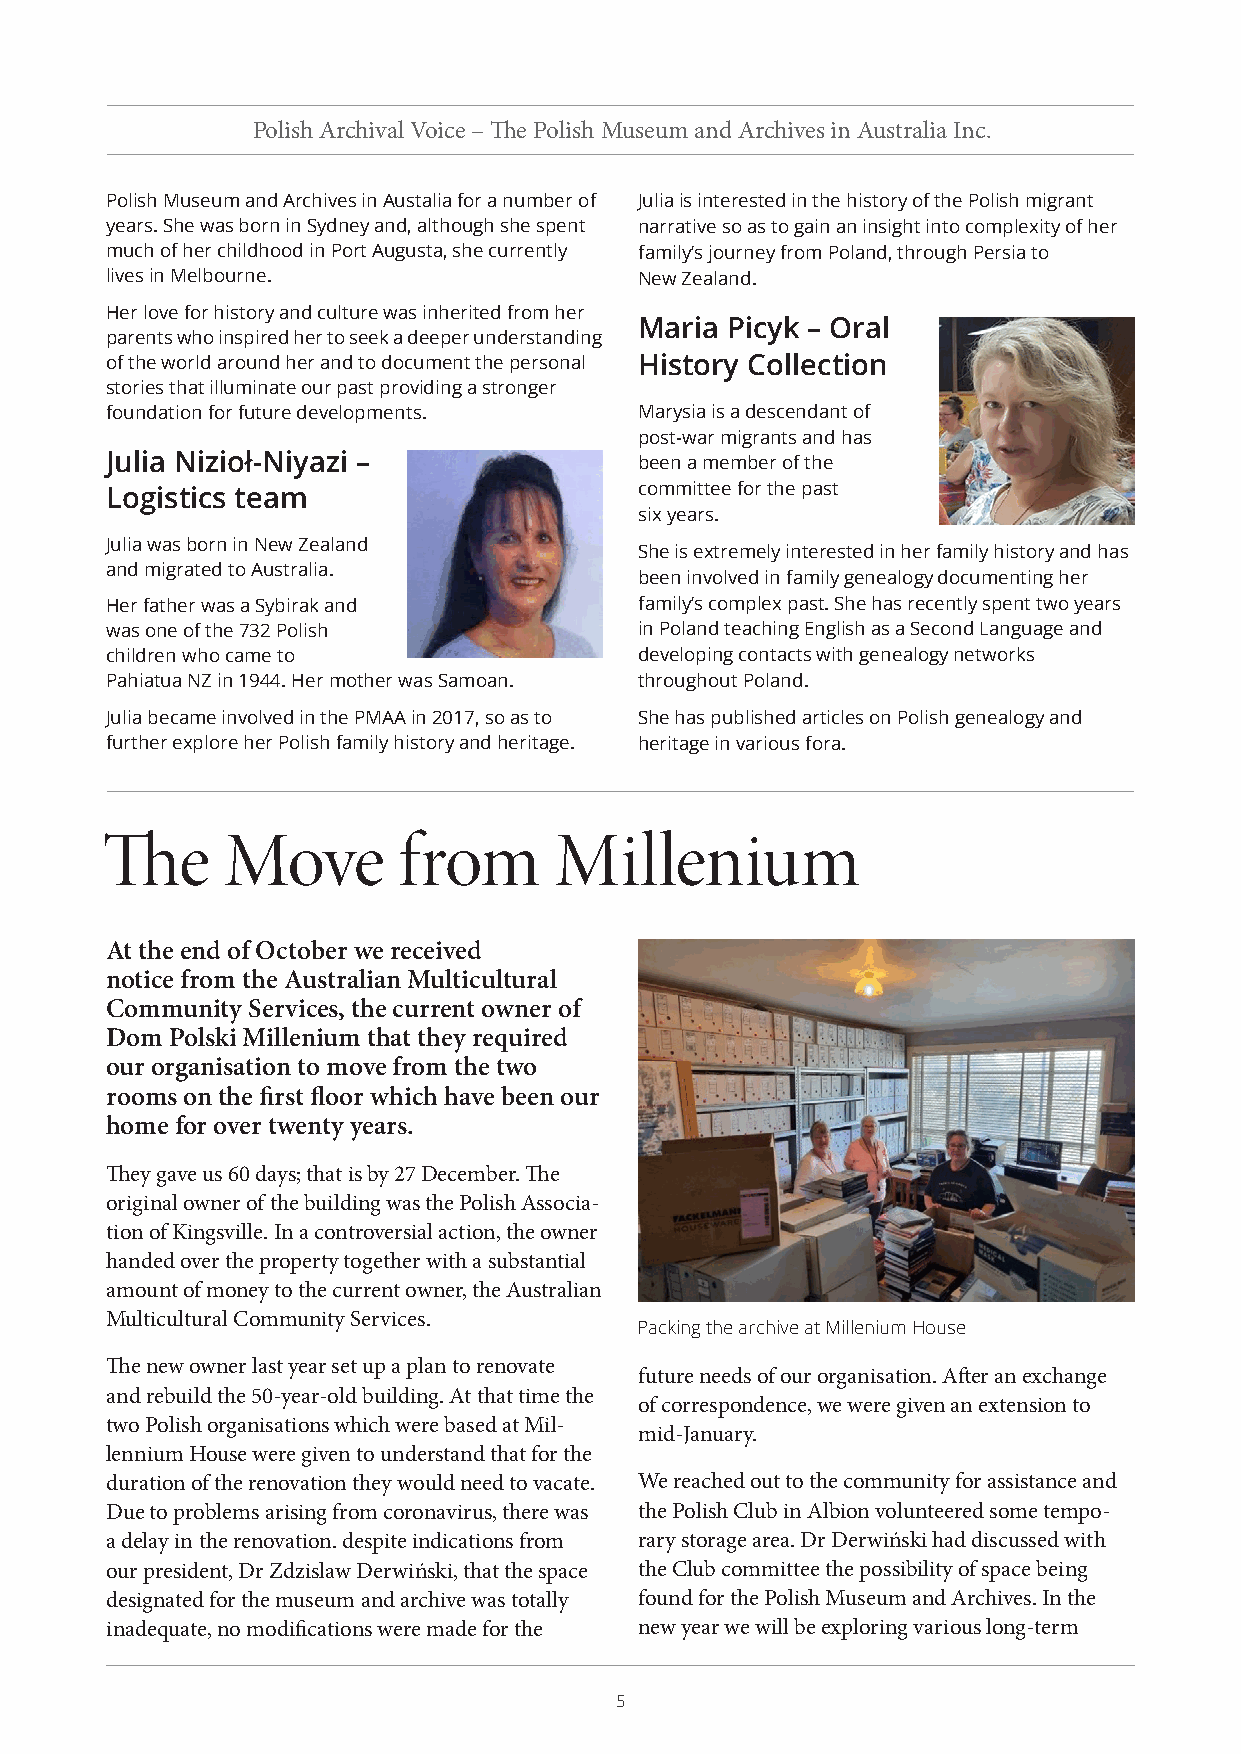
Polish Archival Voice – The Polish Museum and Archives in Australia Inc.
 Polish Museum and Archives in Austalia for a number of Julia is interested in the history of the Polish migrant
 years. She was born in Sydney and, although she spent narrative so as to gain an insight into complexity of her
 much of her childhood in Port Augusta, she currently family’s journey from Poland, through Persia to
 lives in Melbourne.                New Zealand.
 Her love for history and culture was inherited from her
 Maria Picyk – Oral
 parents who inspired her to seek a deeper understanding
 of the world around her and to document the personal History Collection
 stories that illuminate our past providing a stronger
 foundation for future developments. Marysia is a descendant of
 post-war migrants and has
 Julia Nizioł-Niyazi –              been a member of the
 Logistics team                     committee for the past
 six years.
 Julia was born in New Zealand
 She is extremely interested in her family history and has
 and migrated to Australia.
 been involved in family genealogy documenting her
 Her father was a Sybirak and       family’s complex past. She has recently spent two years
 was one of the 732 Polish          in Poland teaching English as a Second Language and
 children who came to               developing contacts with genealogy networks
 Pahiatua NZ in 1944. Her mother was Samoan. throughout Poland.
 Julia became involved in the PMAA in 2017, so as to She has published articles on Polish genealogy and
 further explore her Polish family history and heritage. heritage in various fora.
 The     Move       from       Millenium
 At the end of October we received
 notice from the Australian Multicultural
 Community Services, the current owner of
 Dom Polski Millenium that they required
 our organisation to move from the two
 rooms on the first floor which have been our
 home for over twenty years.
 They gave us 60 days; that is by 27 December. The
 original owner of the building was the Polish Associa-
 tion of Kingsville. In a controversial action, the owner
 handed over the property together with a substantial
 amount of money to the current owner, the Australian
 Multicultural Community Services.
 Packing the archive at Millenium House
 The new owner last year set up a plan to renovate
 future needs of our organisation. After an exchange
 and rebuild the 50-year-old building. At that time the
 of correspondence, we were given an extension to
 two Polish organisations which were based at Mil-
 mid-January.
 lennium House were given to understand that for the
 duration of the renovation they would need to vacate. We reached out to the community for assistance and
 Due to problems arising from coronavirus, there was the Polish Club in Albion volunteered some tempo-
 a delay in the renovation. despite indications from rary storage area. Dr Derwiński had discussed with
 our president, Dr Zdzislaw Derwiński, that the space the Club committee the possibility of space being
 designated for the museum and archive was totally found for the Polish Museum and Archives. In the
 inadequate, no modifications were made for the new year we will be exploring various long-term
 5